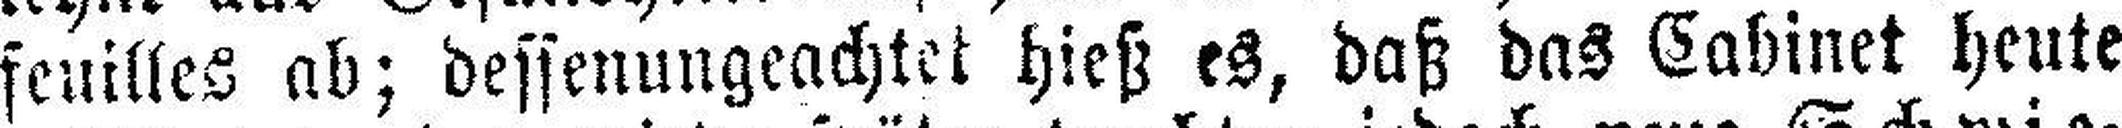
feuilles ab; dessenungeachtet hieß es, daß das Caliinet heute